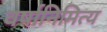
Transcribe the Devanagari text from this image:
वर्षानिमित्‍य